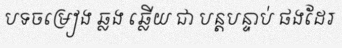
បទចម្រៀង ឆ្លង ឆ្លើយ ជា បន្តបន្ទាប់ ផងដែរ